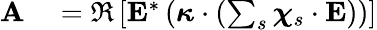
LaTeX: \begin{array}{rl}{\mathbf{A}}&{{}=\Re\left[\mathbf{E}^{*}\left(\boldsymbol{\kappa}\cdot\left(\sum_{s}\boldsymbol{\chi}_{s}\cdot\mathbf{E}\right)\right)\right]}\end{array}